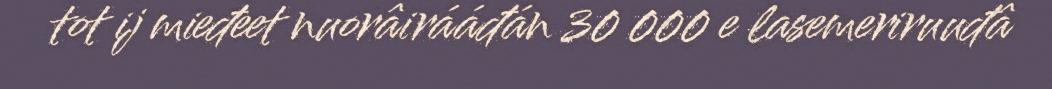
tot ij mieđeet nuorâirááđán 30 000 e lasemeriruuđâ